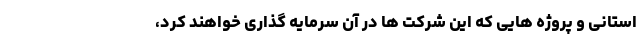
استانی و پروژه هایی که این شرکت ها در آن سرمایه گذاری خواهند کرد،